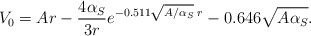
\begin{align*}V_{0} = A r - \frac {4 \alpha_{S}}{3 r} e^{-0.511\sqrt{A/\alpha_{S}} \; r}-0.646 \sqrt{A\alpha_{S}}.\end{align*}